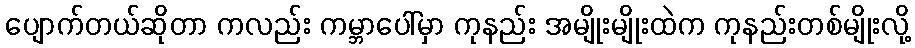
ပျောက်တယ်ဆိုတာ ကလည်း ကမ္ဘာပေါ်မှာ ကုနည်း အမျိုးမျိုးထဲက ကုနည်းတစ်မျိုးလို့